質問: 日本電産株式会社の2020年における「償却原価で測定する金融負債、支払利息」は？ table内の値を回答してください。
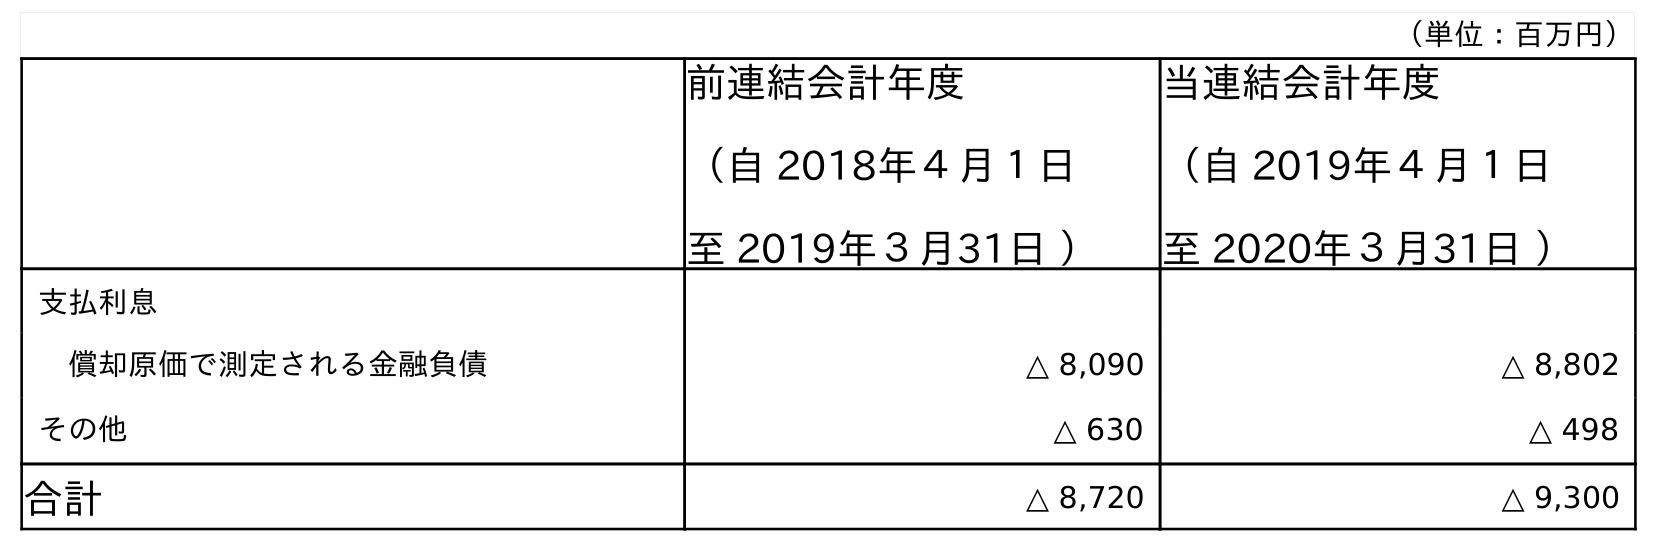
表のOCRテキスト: （単位：百万円） 前連結会計年度 （自 2018年４月１日 至 2019年３月31日 ） 当連結会計年度 （自 2019年４月１日 至 2020年３月31日 ） 支払利息 償却原価で測定される金融負債 △ 8,090 △ 8,802 その他 △ 630 △ 498 合計 △ 8,720 △ 9,300
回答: △8,802